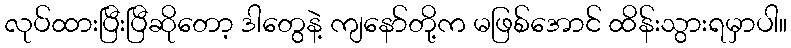
လုပ်ထားပြီးပြီဆိုတော့ ဒါတွေနဲ့ ကျနော်တို့က မဖြစ်အောင် ထိန်းသွားရမှာပါ။